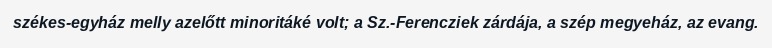
székes-egyház melly azelőtt minoritáké volt; a Sz.-Ferencziek zárdája, a szép megyeház, az evang.